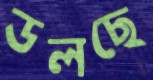
ডলছে